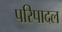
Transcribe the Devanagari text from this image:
परिपादल